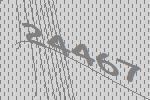
24467